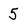
Character: 5